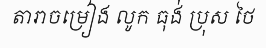
តារាចម្រៀង លូក ធុង់ ប្រុស ថៃ